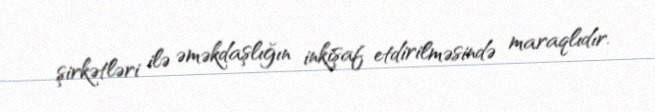
şirkətləri ilə əməkdaşlığın inkişaf etdirilməsində maraqlıdır.